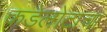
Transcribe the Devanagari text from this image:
कडेलोटाचा